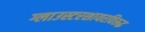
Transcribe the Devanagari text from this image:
ग्लाउस्टरशायरविरूद्ध